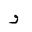
Letter: _waw